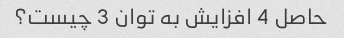
حاصل 4 افزایش به توان 3 چیست؟